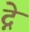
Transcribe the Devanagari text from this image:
द्ने